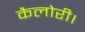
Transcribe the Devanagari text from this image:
कैलोरी।